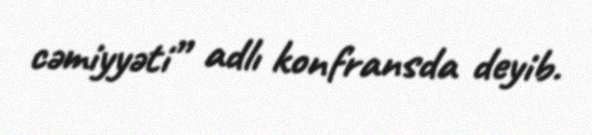
cəmiyyəti” adlı konfransda deyib.